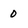
Character: 0